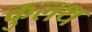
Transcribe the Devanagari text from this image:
कुलथ